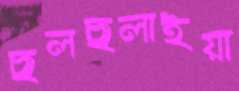
ছলছলাইয়া